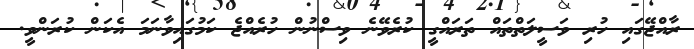
ރާއްޖޭގައި ހުރި ވަސީލަތްތައް ތަރައްގީ ކުރެވޭނެ ވިސްނުން ހުރެއްޖެ ކަމުގައިވާނަމަ އެކަން ކުރަންވީ.